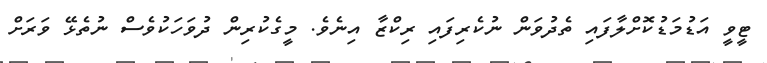
ޓީވީ އަޑުމަޑުކޮށްލާފައި ތެދުވަން ނުކެރިފައި ރިކްޒާ އިނެވެ. މީގެކުރިން ދުވަހަކުވެސް ނުތެޅޭ ވަރަށް